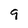
Character: 9